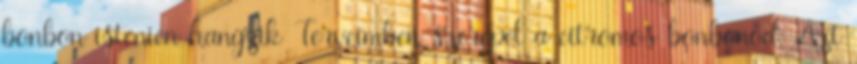
bonbon istenien hangzik Terveimben szerepel a citromos bonbonod. Azt